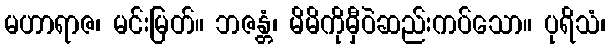
မဟာရာဇ၊ မင်းမြတ်။ ဘဇန္တံ၊ မိမိကိုမှီဝဲဆည်းကပ်သော။ ပုရိသံ၊